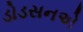
ડોડસનએ